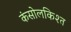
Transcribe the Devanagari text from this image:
कंसोलकिश्त